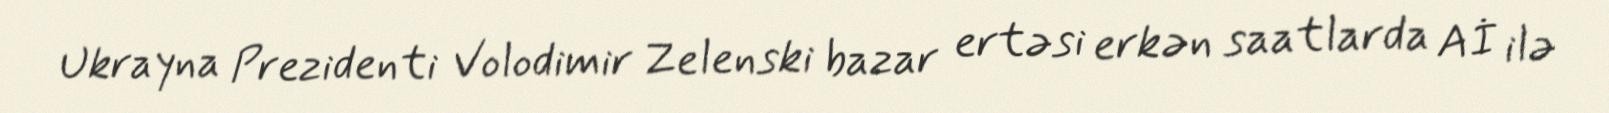
Ukrayna Prezidenti Volodimir Zelenski bazar ertəsi erkən saatlarda Aİ ilə